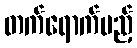
တက်ရောက်မည့်